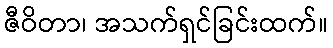
ဇီဝိတာ၊ အသက်ရှင်ခြင်းထက်။